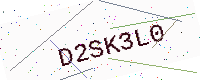
Text: D2SK3L0